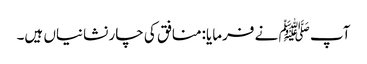
آپ ﷺ نے فرمایا:منافق کی چار نشانیاں ہیں۔